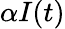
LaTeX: \alpha I(t)